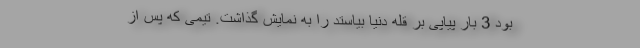
بود 3 بار پیاپی بر قله دنیا بیاستد را به نمایش گذاشت. تیمی که پس از